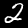
Label: 2